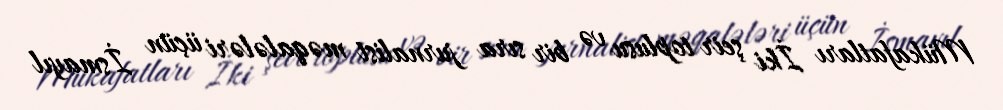
Mükafatları İki şeir toplusu və bir sıra jurnalist məqalələri üçün İsmayıl